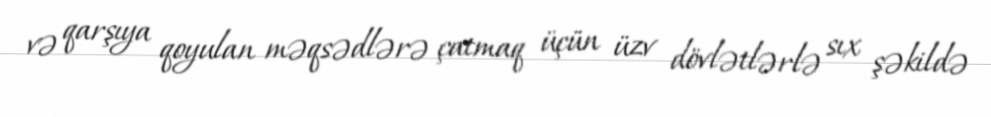
və qarşıya qoyulan məqsədlərə çatmaq üçün üzv dövlətlərlə sıx şəkildə